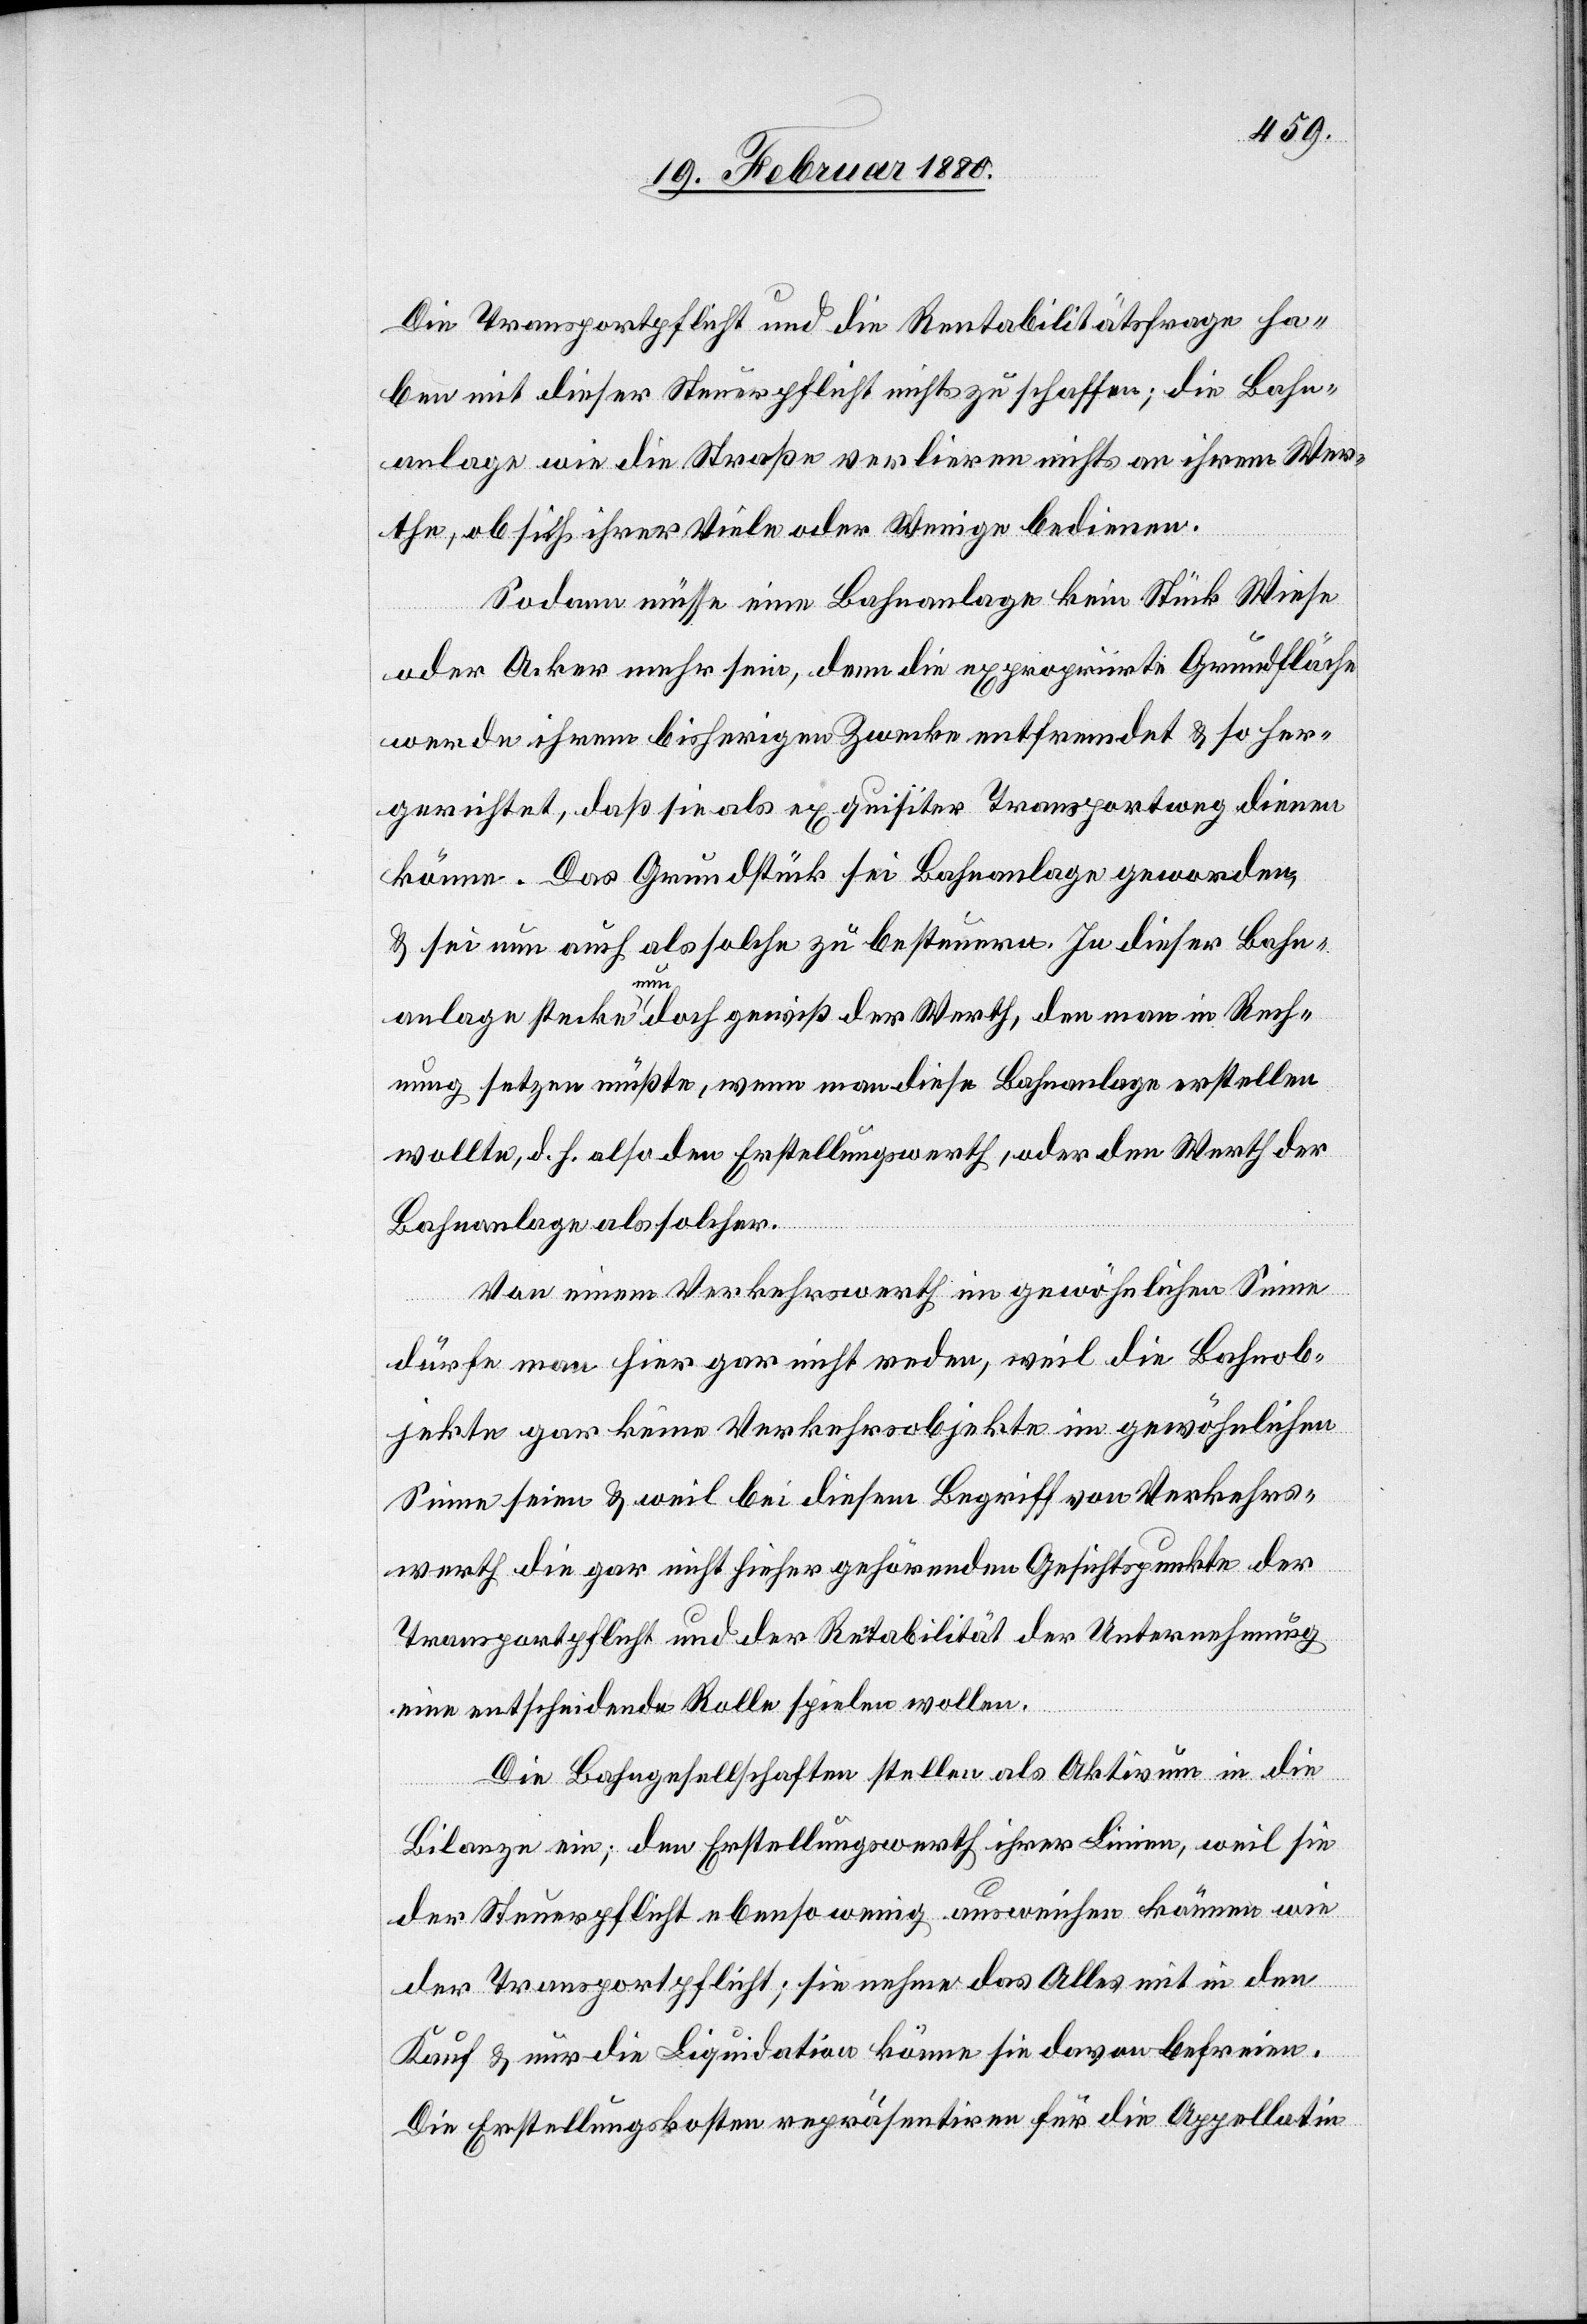
Die Transportpflicht und die Rentabilitätsfrage ha¬
ben mit dieser Steuerpflicht nichts zu schaffen; die Bahn¬
anlage wie die Straße verlieren nichts an ihrem Wer¬
the, ob sich ihrer Viele oder Wenige bedienen.
Sodann müsse eine Bahnanlage kein Stück Wiese
oder Acker mehr sein, denn die expropriirte Grundfläche
werde ihrem bisherigen Zwecke entfremdet & so her¬
gerichtet, daß sie als exquisiter Transportweg dienen
könne. Das Grundstück sei Bahnanlage geworden,
& sei nun auch als solche zu besteuern. In dieser Bahn¬
anlage stecke nun doch gewiß der Werth, den man in Rech¬
nung setzen müßte, wenn man diese Bahnanlage erstellen
wollte, d. h. also den Erstellungswerth, oder den Werth der
Bahnanlage als solcher.
Von einem Verkehrswerth in gewöhnlicher Sinne
dürfe man hier gar nicht reden, weil die Bahnob¬
jekte gar keine Verkehrsobjekte im gewöhnlichen
Sinne seien & weil bei diesem Begriff von Verkehrs¬
werth die gar nicht hieher gehörenden Gesichtspunkte der
Transportpflicht und der Rentabilität der Unternehmung
eine entscheidende Rolle spielen wollen.
Die Bahngesellschaften stellen als Aktivum in die
Bilanze [sic!] ein; der Erstellungswerth ihrer Linien, weil sie
der Steuerpflicht ebenso wenig ausweisen können wie
der Transportpflicht, sie nehme das Alles mit in den
Kauf & nur die Liquidation könne sie davon befreien.
Die Erstellungskosten repräsentiren für die Appellatin